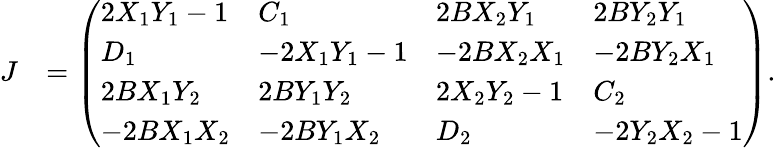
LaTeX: \begin{array}{rl}{J}&{=\left(\begin{array}{llll}{2X_{1}Y_{1}-1}&{C_{1}}&{2BX_{2}Y_{1}}&{2BY_{2}Y_{1}}\\ {D_{1}}&{-2X_{1}Y_{1}-1}&{-2BX_{2}X_{1}}&{-2BY_{2}X_{1}}\\ {2BX_{1}Y_{2}}&{2BY_{1}Y_{2}}&{2X_{2}Y_{2}-1}&{C_{2}}\\ {-2BX_{1}X_{2}}&{-2BY_{1}X_{2}}&{D_{2}}&{-2Y_{2}X_{2}-1}\end{array}\right).}\end{array}